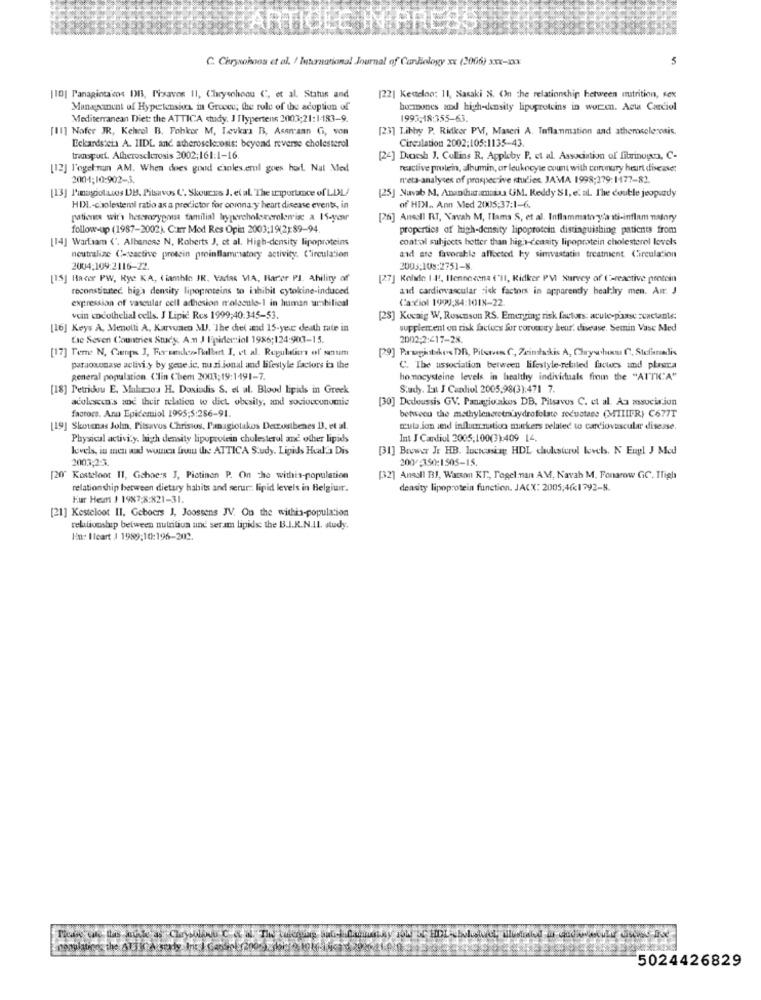
C. Chryahoos et al. / International Journal of Cardiology xx (2006) xxx-1Xxx
5
[10] Panagiotacos DB, Pisavos 11, Chrysohoou C, et al. Status and
[22] Ketteloo: 11, Sasaki N. OIn the relationship between nutrition, sex
Management of Hypertension in Greece; the role of the adoption of
bombones and high-density lipoproteins in worden. Acta Carciol
Mediterranean Diet: the ATTICA study. J Tlypertens 2003;21:1-183-9.
1993:18:355-63.
[11] Nofer JR, Kehrel B. Fohker M, Levkara B, Asanamn G, von
[23] Libby P. Ridker PV, Maseri A. Inflammation and atherosclerosis.
Circulation 2002;105:1135-43.
Eckardsich A. IIDL and atherosclerosis: beyond reverse cholesterol
transport. Atherosclerosis 2002;161:1-16.
[24] Daesh J. Collins R, Appleby P, et al. Association of fibrinogos, C-
[12] l'ogelman AM. When does goud canles.erol goes hod. Nat Med
reactive protein, albumin, ar leukocyte count with conmury heart disease:
2001;10:902-3.
n'eta-analyses of prospective studies. JAMA 1998-279:1177-82.
[13] I'mmaggiotacos DB. Pitsavos C'. Skoucss J. et al. The iriportace of LDL/
[25] Navab M. Ananchuramaiaa UM. Reddy SI, e. al. The double jeopady
HDL-cholesterol ratio as a predictor for coronary heart disease events, in
of HDI .. Ann Med 20015:37:1-6.
patients wir's heterozygousa familial hypercholozerolomisc a 15-year
[26] Anssl RT, Yavah M, Tlama S, et al. Inflammatory'a ıti-inflam nalary
follow-up (1987-2002). C:IT Mod Res Opin 2003:19(2):89-94.
properties of high-density lipoprotein distinguishing patients from
[14] Warliam ('. Albancas N. Roberts J. et al. High-density lipoproteins
control subjects hotter than high-density lipoprotein cholesterol levels
neutralize ("-reactive protein proinflammatory activity, Circulation
and are favoralle affected by simvastatin treatment. Circulation
2004:109:2116-22.
2003:109:2751-8.
[15] Racer PW, Rye KA, fiamhin IR, Vadas VIA, Barer PJ. Ability of
[27] Kolide | It, Ilennecena ('Il, Kidker PVI Survey of (C-reactive protein
reconstituted. hig'a density lipoproteins to inhibit cytokine-induced
and cardiovascular risk factors in apparently healthy men. Air. J
expression of vascular cell adhesion molecule-1 in human umbilical
Cardiol 1999,84:1018-22
vain cocothelial cells. J Lipic Res 1999;40:345-53.
[28] Kocaig W, Rosenson RS. Emerging risk factors: acute-p'aase zuaclante:
[16] Keys A, Menulli A, Karvuaro MUJ. The diet and 15-yec death rate in
supplement on risk factors for corvacry beur. disease. Semin Vase Med
Lie Seven Countries Study. A.m J Epidemiol 1986;124:903-15.
2002:2:417-28.
[17] Teme N, Cunpn J, Fir sansdoBalbert I, et al. Regulations of' snum
[29] Pazziabikes DB, Pilatus C, Zeinakis A, Chayahu C. Stafinadie
paraoxonase activi y by gece ic. nu ri ional and lifestyle factors is the
C. The association between lifestyle-related facues and plasra
general population. Clin (bem 2003;19:1491-7.
homocysteine levels in healthy individuals fiin the "ATTICA"
[18] Petridou E. Mabraos H. Doxiadis S. et al. Blood lipids in Greek
Study. Lat I Candiol 2005,98(3):471 7
adolescen's and their relation to diet obesity, and socioccunomie
[30] Dedoussis GV. Panagioakos DB, Pitsaves C. et al. Aa zassocixion
factoce. Anu Epidemiol 1995:5:286-91.
between the methyleneretra'sydrofolate reductase (MTIIFR) C677T
[19] Skotnas John, Pitsaves Christos, Panagiolakos Detzustbenes B. et al.
mula jon send inflammation markers related to cardiovascular disease.
Physical activity. high density lipoprotein cholesterol and other lipids
Int J Cantiul 2005,100(3):409 14.
levels, in men and women from the ATTICA Study, Lipids Heal's Dis
[31] Brewer Jr HB. luctvastag HDL choulsterol levels. N Engl J Med
2003,2-3.
200/350:1505-15.
[20" Kostelont 11, Gahoe:s J, Piotinen P. On che withis-population
[32] Anasi BI, Warson KT ., Pagel man AM, Navab M, Fonarew GC. Tigh
relationship between dietary habits and serur: lipid levels in Belgiumr.
density lipoprotein function. JACX: 2005,40:1792-8.
Eur Heart 1 19%7:8:821-31.
[21] Kesteloot Il, Geboers J, Joossens JV. Ou the withis-population
relativoslup between nutrition and ser am lipids: the B.I.R.N.IL. study.
In: Ileart 1 1989:10:196-202.
5024426829